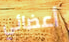
أعضائي